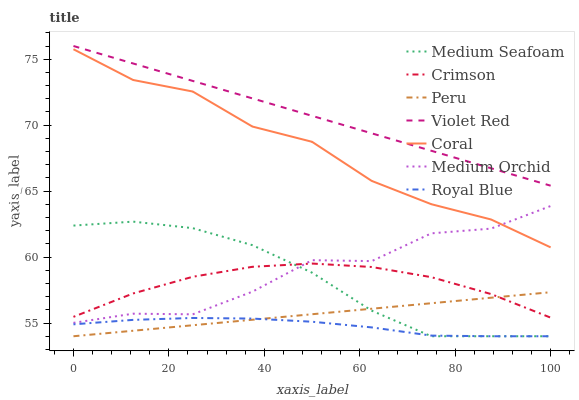
| xaxis_label | Medium Seafoam | Crimson | Peru | Violet Red | Coral | Medium Orchid | Royal Blue |
 | --- | --- | --- | --- | --- | --- | --- | --- |
 | 0 | 62.4 | 55.5 | 54 | 76 | 75.8 | 55 | 54.9 |
 | 12.5 | 62.7 | 57.2 | 54.4 | 74.7 | 73.4 | 55.7 | 55.2 |
 | 25 | 62.2 | 58.5 | 54.8 | 73.4 | 72.5 | 55.7 | 55.4 |
 | 37.5 | 60.9 | 59.3 | 55.3 | 72 | 69.9 | 57.4 | 55.3 |
 | 50 | 58.8 | 59.5 | 55.7 | 70.7 | 68.7 | 59.8 | 55.1 |
 | 62.5 | 55.9 | 59.2 | 56.1 | 69.4 | 65.8 | 59.7 | 54.7 |
 | 75 | 54 | 58.5 | 56.5 | 68.1 | 64 | 61.8 | 54 |
 | 87.5 | 54 | 57.2 | 56.9 | 66.7 | 62.9 | 62.2 | 54 |
 | 100 | 54 | 55.4 | 57.3 | 65.4 | 60.7 | 63.9 | 54 |